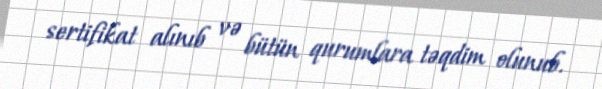
sertifikat alınıb və bütün qurumlara təqdim olunub.